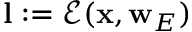
\mathbf { l } : = \mathcal { E } ( \mathbf { x } , \mathbf { w } _ { E } )